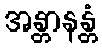
အန္တာနန္တံ